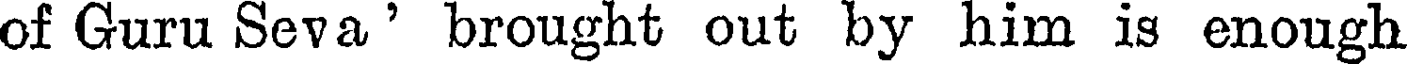
of Guru Seva' brought out by him is enough